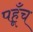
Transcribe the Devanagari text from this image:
पहूँच